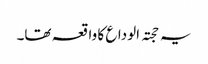
یہ حجتہ الوداع کا واقعہ تھا۔